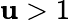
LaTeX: \mathbf{u}>1